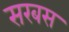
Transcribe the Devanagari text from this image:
सरबस